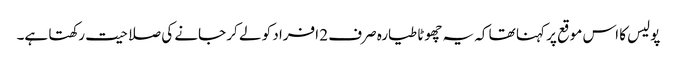
پولیس کا اس موقع پر کہنا تھا کہ یہ چھوٹا طیارہ صرف 2 افراد کو لے کر جانے کی صلاحیت رکھتا ہے۔